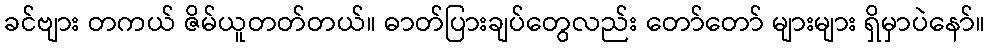
ခင်ဗျား တကယ် ဇိမ်ယူတတ်တယ်။ ဓာတ်ပြားချပ်တွေလည်း တော်တော် များများ ရှိမှာပဲနော်။